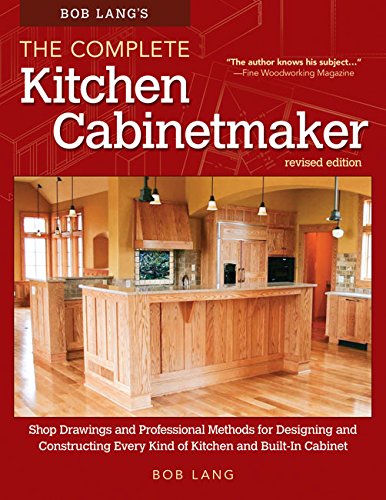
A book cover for Shop Drawings and Professional Methods for Designing and Constructing Every Kind of Kitchen and Built-In Cabinet; Robert W. Lang; Engineering & Transportation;